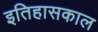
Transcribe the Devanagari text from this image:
इतिहासकाल